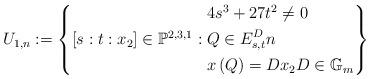
LaTeX: \begin{align*} U_{1,n}:=\left\{[s:t:x_{2}]\in \mathbb{P}^{2,3,1}:\begin{aligned} & 4s^{3}+27t^{2}\ne 0 \\ & Q\in E_{s,t}^{D} n \\ & x\left(Q\right)=Dx_{2}D\in \mathbb{G}_{m} \end{aligned}\right\}\end{align*}